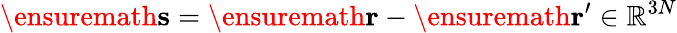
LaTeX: \ensuremath{\mathbf{s}}=\ensuremath{\mathbf{r}}-\ensuremath{\mathbf{r}}^{\prime}\in\mathbb{R}^{3N}